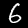
Digit: 6